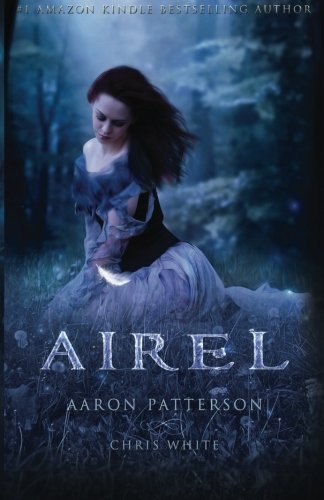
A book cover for Airel: The Discovering (The Airel Saga, Book 2: Part 2-4) (Volume 2); Aaron Patterson; Teen & Young Adult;